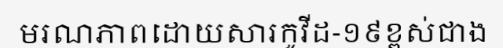
មរណភាពដោយសារកូវីដ-១៩ខ្ពស់ជាង